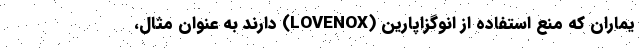
یماران که منع استفاده از انوگزاپارین (LOVENOX) دارند به عنوان مثال،